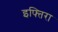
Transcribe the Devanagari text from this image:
इफ्तिरा